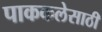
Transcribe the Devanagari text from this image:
पाककलेसाठी